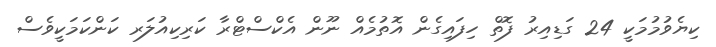
ކިޔެވުމުމަކީ 24 ގަޑިއިރު ފޮތް ހިފައިގެން އޮތުމެއް ނޫން އެކްސްޓްރާ ކަރިކިއުލަރ ކަންކަމަކީވެސް